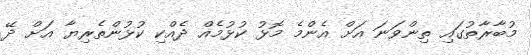
މުބާރާތުގައި ތިންވަނަ އަށް އެންމެ މޮޅު ކުޅުމެއް ދެއްކި ކުޅުންތެރިޔާ އަށް ދޭ